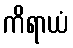
ကိရာယံ